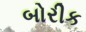
બોરીક